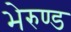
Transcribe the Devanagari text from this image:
भेरुण्ड